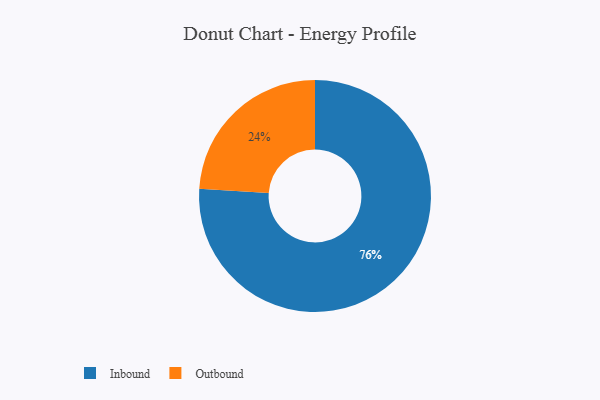
{"axis": {"x": "Category", "y": "Percentage"}, "legend": ["Inbound", "Outbound"], "data": [{"x": "Outbound", "y": 24, "type": "Outbound"}, {"x": "Inbound", "y": 76, "type": "Inbound"}]}